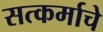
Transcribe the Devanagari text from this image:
सत्कर्माचे